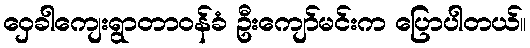
ဝှေခါကျေးရွာတာဝန်ခံ ဦးကျော်မင်းက ပြောပါတယ်။